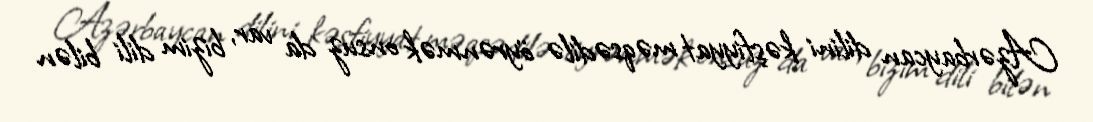
Azərbaycan dilini kəşfiyyat məqsədilə öyrənmək onsuz da var, bizim dili bilən